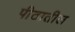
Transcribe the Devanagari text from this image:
पीठातील